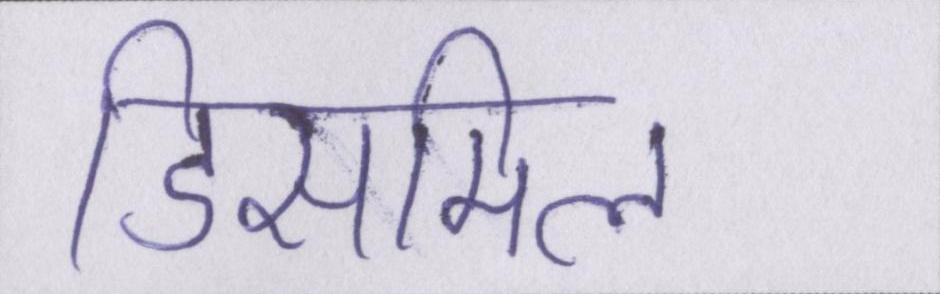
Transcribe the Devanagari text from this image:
डिसमिल